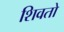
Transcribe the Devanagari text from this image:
शिवतो